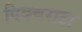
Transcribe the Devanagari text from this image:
पिक्चराटा